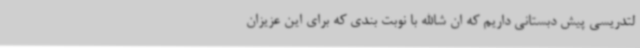
لتدریسی پیش دبستانی داریم که ان شاالله با نوبت بندی که برای این عزیزان